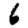
Digit: 6